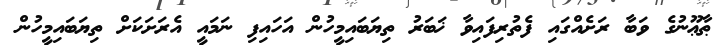
ޠާޢޫނުގެ ވަބާ ރަށެއްގައި ފެތުރިފައިވާ ޚަބަރު ތިޔަބައިމީހުން އަހައިފި ނަމައީ އެރަށަކަށް ތިޔަބައިމީހުން